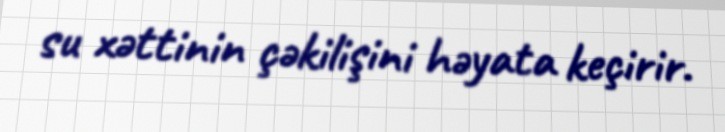
su xəttinin çəkilişini həyata keçirir.